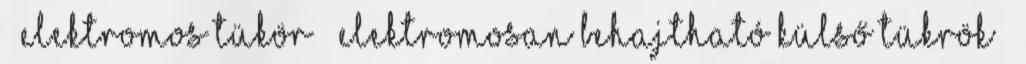
– elektromos tükör – elektromosan behajtható külső tükrök –